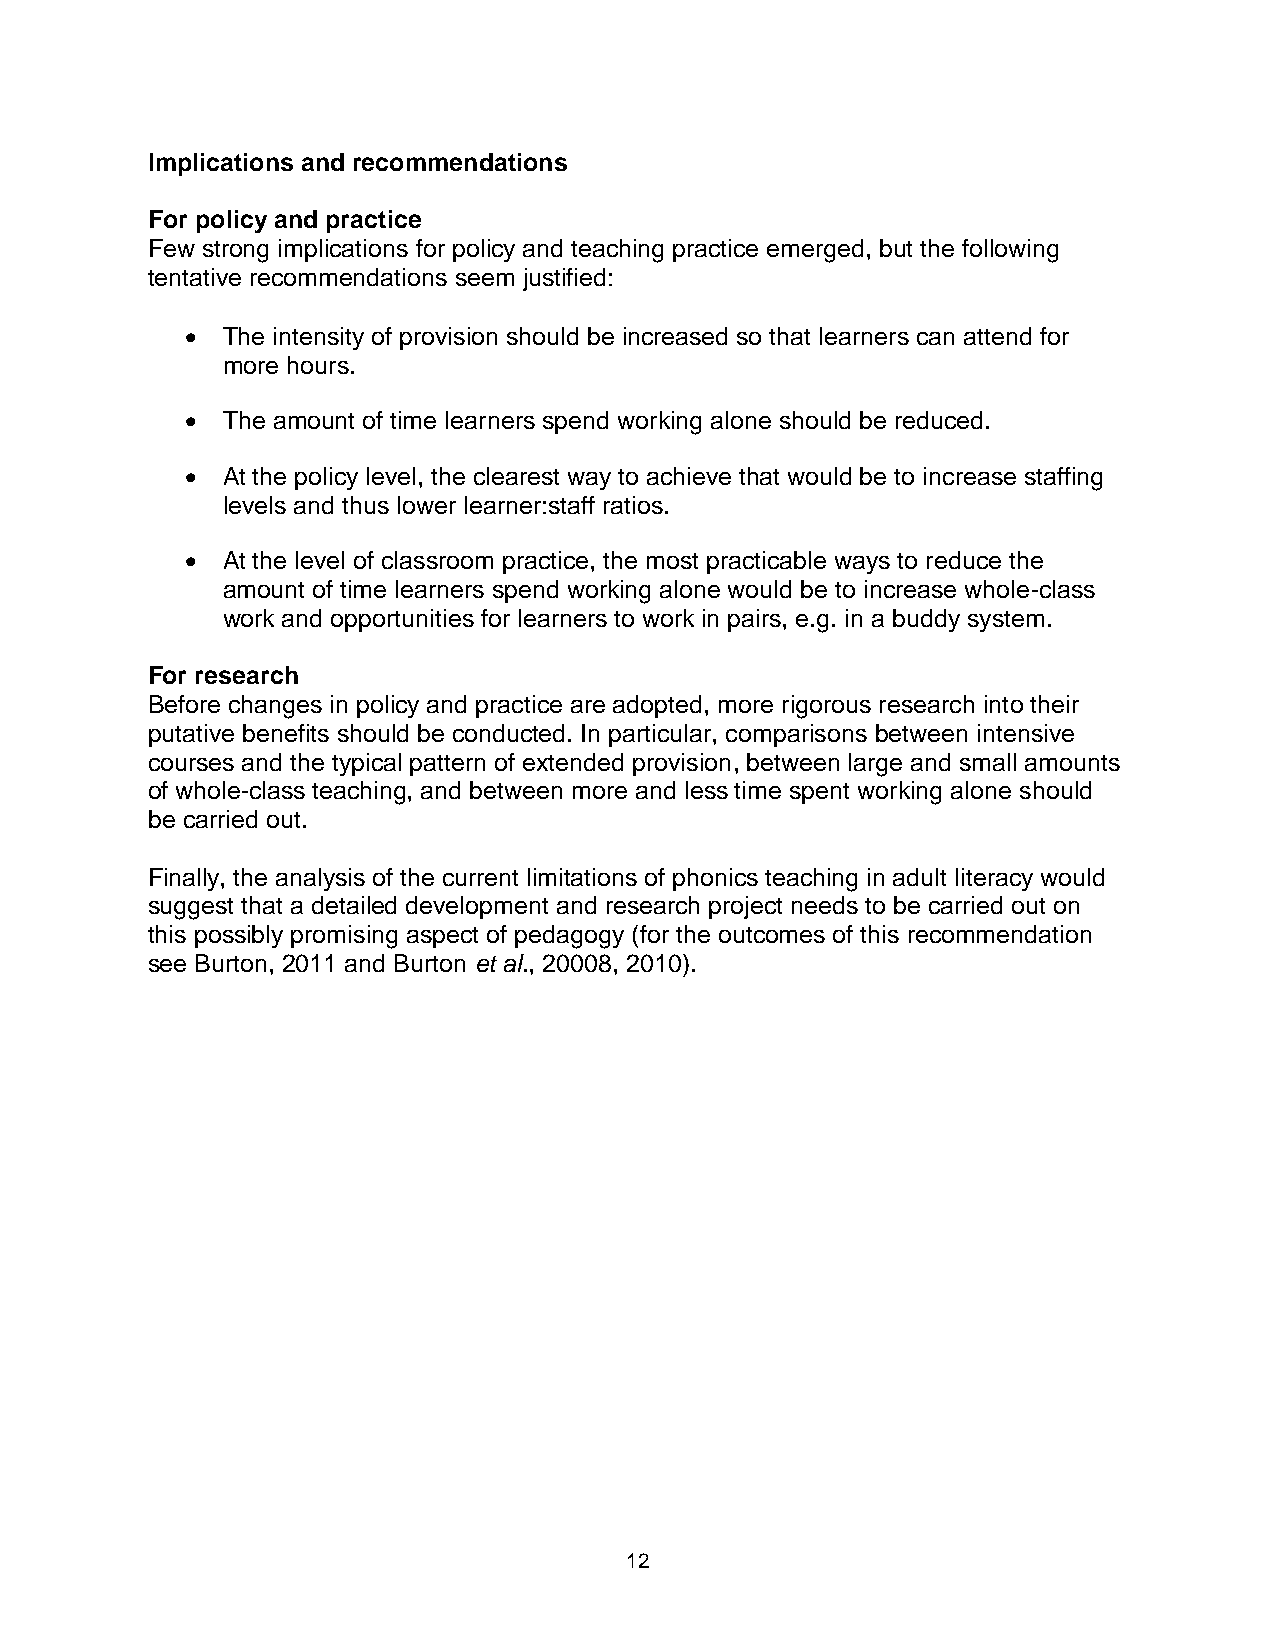
Implications and recommendations
 For policy and practice
 Few strong implications for policy and teaching practice emerged, but the following
 tentative recommendations seem justified:
   The intensity of provision should be increased so that learners can attend for
 more hours.
   The amount of time learners spend working alone should be reduced.
   At the policy level, the clearest way to achieve that would be to increase staffing
 levels and thus lower learner:staff ratios.
   At the level of classroom practice, the most practicable ways to reduce the
 amount of time learners spend working alone would be to increase whole-class
 work and opportunities for learners to work in pairs, e.g. in a buddy system.
 For research
 Before changes in policy and practice are adopted, more rigorous research into their
 putative benefits should be conducted. In particular, comparisons between intensive
 courses and the typical pattern of extended provision, between large and small amounts
 of whole-class teaching, and between more and less time spent working alone should
 be carried out.
 Finally, the analysis of the current limitations of phonics teaching in adult literacy would
 suggest that a detailed development and research project needs to be carried out on
 this possibly promising aspect of pedagogy (for the outcomes of this recommendation
 see Burton, 2011 and Burton et al., 20008, 2010).
 12